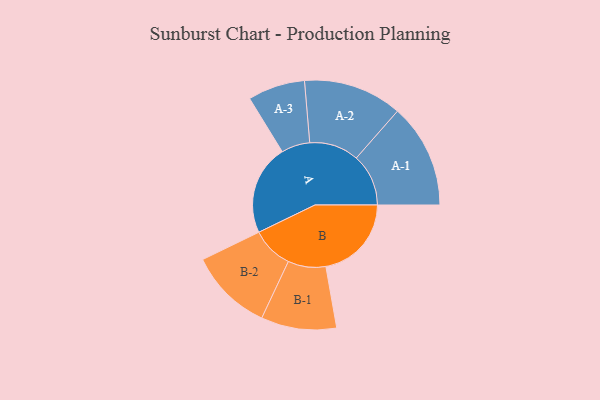
{"axis": {"x": "Segment", "y": "Value"}, "legend": ["", "A", "B"], "data": [{"x": "A", "y": 464, "type": ""}, {"x": "B", "y": 440, "type": ""}, {"x": "A-1", "y": 268, "type": "A"}, {"x": "A-2", "y": 254, "type": "A"}, {"x": "A-3", "y": 147, "type": "A"}, {"x": "B-1", "y": 194, "type": "B"}, {"x": "B-2", "y": 214, "type": "B"}]}